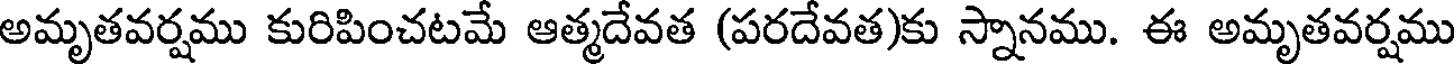
అమృతవర్షము కురిపించటమే ఆత్మదేవత (పరదేవత)కు స్నానము. ఈ అమృతవర్షము